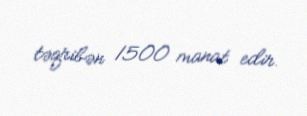
təqribən 1500 manat edir.